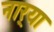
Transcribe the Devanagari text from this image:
नार्‍या